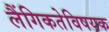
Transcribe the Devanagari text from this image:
लैंगिकतेविषयक